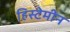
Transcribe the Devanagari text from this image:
हिस्टेमीन